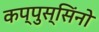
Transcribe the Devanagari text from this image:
कप्पुस्सिंनो